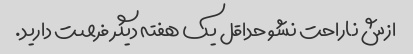
ازش ناراحت نشو حداقل یک هفته دیگر فرصت دارید.